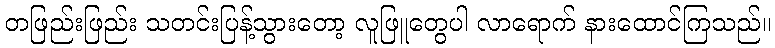
တဖြည်းဖြည်း သတင်းပြန့်သွားတော့ လူဖြူတွေပါ လာရောက် နားထောင်ကြသည်။